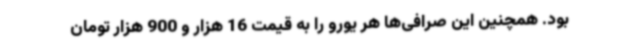
بود. همچنین این صرافی‌ها هر یورو را به قیمت 16 هزار و 900 هزار تومان